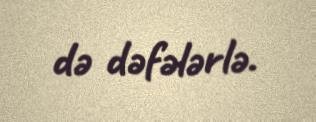
də dəfələrlə.